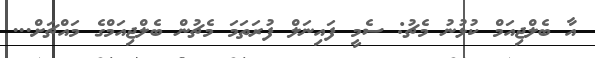
އާ ބެލްޖިއަމް ކުޅުނު މެޗު: ސެމީ ފައިނަލް ފުރަތަމަ މެޗުން ބެލްޖިއަމްގެ މައްޗަށް...